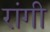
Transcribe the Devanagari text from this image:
रांगी